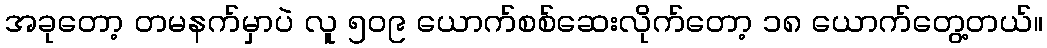
အခုတော့ တမနက်မှာပဲ လူ ၅၀၉ ယောက်စစ်ဆေးလိုက်တော့ ၁၈ ယောက်တွေ့တယ်။